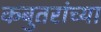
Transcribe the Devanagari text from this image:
कबुतरांच्या